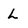
Character: L